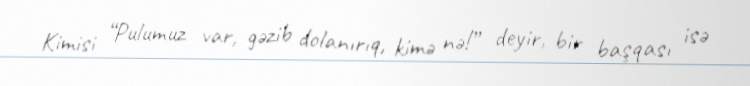
Kimisi “Pulumuz var, gəzib dolanırıq, kimə nə!” deyir, bir başqası isə